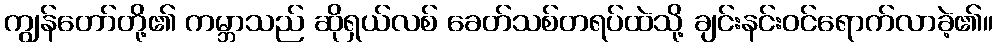
ကျွန်တော်တို့၏ ကမ္ဘာသည် ဆိုရှယ်လစ် ခေတ်သစ်တရပ်ထဲသို့ ချင်းနင်းဝင်ရောက်လာခဲ့၏။